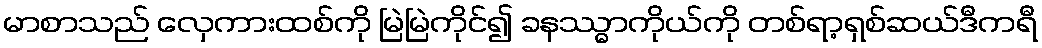
မာစာသည် လှေကားထစ်ကို မြဲမြဲကိုင်၍ ခနဿ္ဓာကိုယ်ကို တစ်ရာ့ရှစ်ဆယ်ဒီကရီ